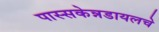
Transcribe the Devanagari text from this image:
पास्सकेन्नडायलचे